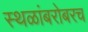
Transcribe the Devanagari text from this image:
स्थळांबरोबरच